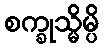
စက္ခုသ္မိမ္ပိ